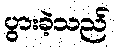
ပွားခဲ့သည်